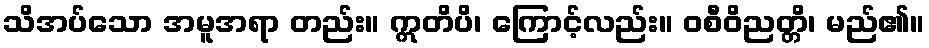
သိအပ်သော အမူအရာ တည်း။ ဣတိပိ၊ ကြောင့်လည်း။ ဝစီဝိညတ္တိ၊ မည်၏။